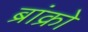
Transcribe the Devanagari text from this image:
ब्रांक्रो